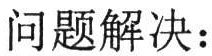
问题解决：